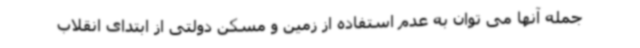
جمله آنها می توان به عدم استفاده از زمین و مسکن دولتی از ابتدای انقلاب